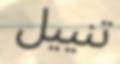
تنييل